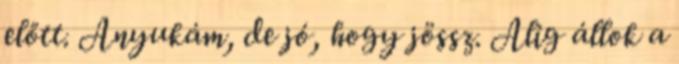
előtt. Anyukám, de jó, hogy jössz. Alig állok a